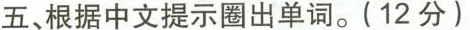
五、根据中文提示圈出单词.(12 分)